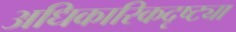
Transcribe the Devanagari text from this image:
अधिकारिकदृष्ट्या